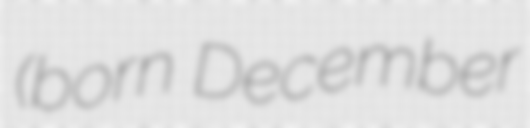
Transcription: (born December